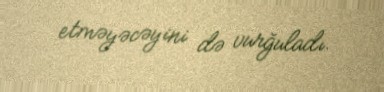
etməyəcəyini də vurğuladı.